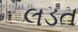
લડત